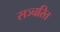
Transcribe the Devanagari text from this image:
सञ्चरित